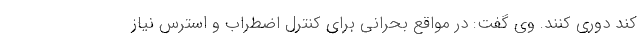
کند دوری کنند. وی گفت: در مواقع بحرانی برای کنترل اضطراب و استرس نیاز